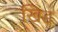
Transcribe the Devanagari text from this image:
खिड